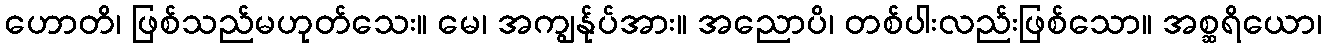
ဟောတိ၊ ဖြစ်သည်မဟုတ်သေး။ မေ၊ အကျွန်ုပ်အား။ အညောပိ၊ တစ်ပါးလည်းဖြစ်သော။ အစ္ဆရိယော၊